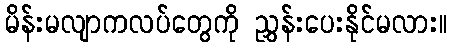
မိန်းမလျာကလပ်တွေကို ညွှန်းပေးနိုင်မလား။